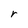
Character: r